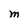
Character: M